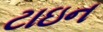
ટાઇન